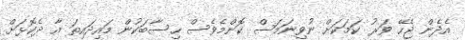
އެދެން ޖެހޭ ވަރު ކަމަކަށް ނުވިނަމަސް ކޮންމެވެސް ހިސާބަކުން މައިދައިތަ އާ ދެކޮޅަށް